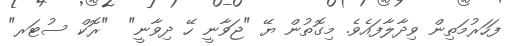
ފަހަރުމަތިން ވިދާލާފައެވެ. މިގޮތުން ޔޭ "ޖަވާނީ ހޭ ދިވާނީ"  "ރޮކް ސުޓަރ"